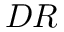
D R